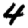
Digit: 4